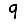
Digit: 9